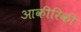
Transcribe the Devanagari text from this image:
आकीरिकी